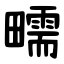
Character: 㽭